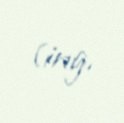
(ing.